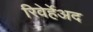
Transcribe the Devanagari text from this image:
रिवेर्हेअद